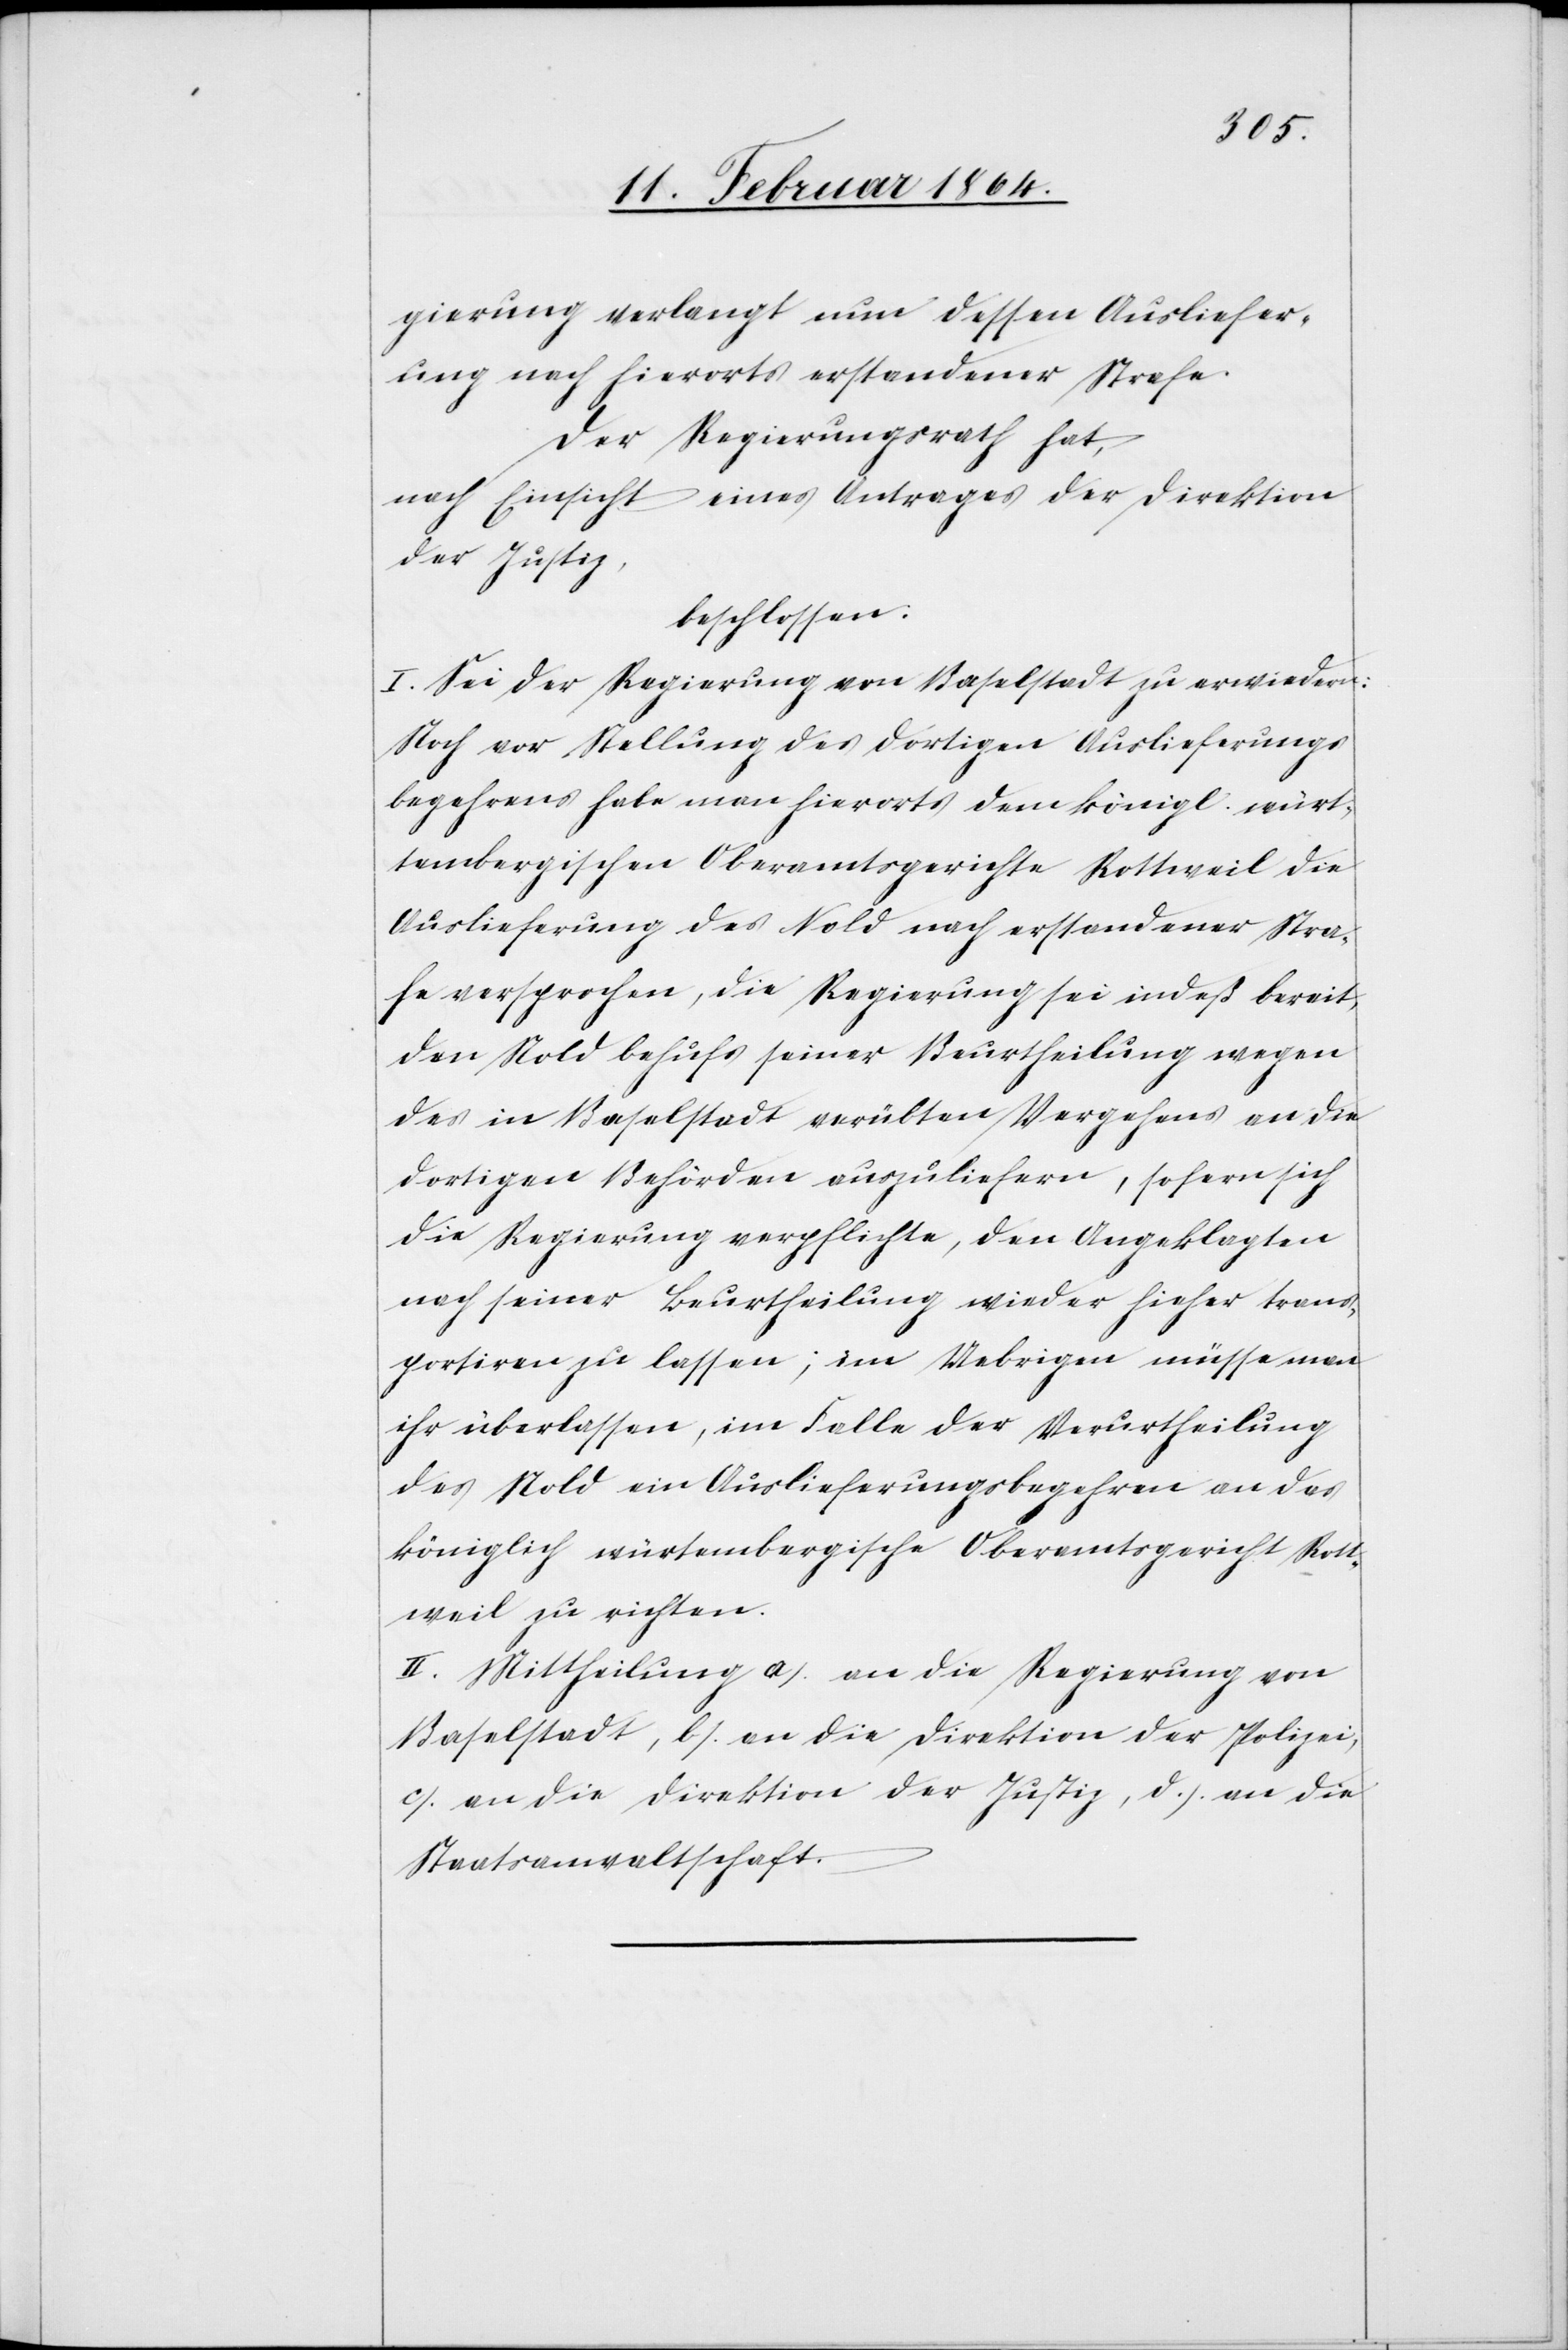
gierung verlangt nun dessen Ausliefer¬
ung nach hierorts erstandener Strafe.
Der Regierungsrath hat,
nach Einsicht eines Antrages der Direktion
der Justiz
beschlossen:
I. Sei der Regierung von Baselstadt zu erwiedern:
Noch vor Stellung des dortigen Auslieferungs¬
begehrens habe man hierorts dem königl. würt¬
tembergischen Oberamtsgerichte Rottweil die
Auslieferung des Nold nach erstandener Stra¬
fe versprochen, die Regierung sei indeß bereit,
den Nold behufs seiner Beurtheilung wegen
des in Baselstadt verübten Vergehens an die
dortigen Behörden auszuliefern, sofern sich
die Regierung verpflichte, den Angeklagten
nach seiner Beurtheilung wieder hieher trans¬
portieren zu lassen; im Uebrigen müsse man
ihr überlassen, im Falle der Verurtheilung
des Nold ein Auslieferungsbegehren an das
königlich würtembergische Oberamtsgericht Rott¬
weil zu richten.
II. Mittheilung a.) an die Regierung von
Baselstadt, b.) an die Direktion der Polizei,
c.) an die Direktion der Justiz, d.) an die
Staatsanwaltschaft.